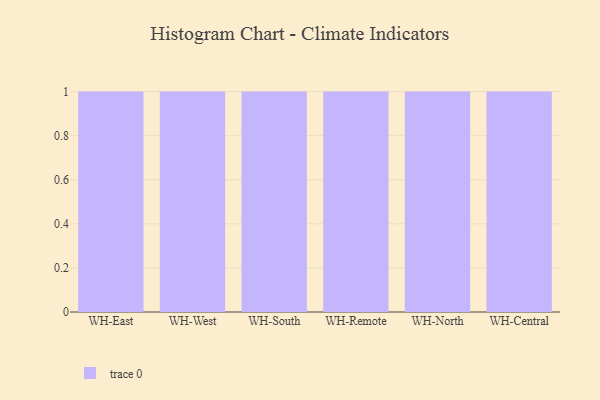
{"axis": {"x": "Warehouse", "y": "Churn Rate (%)"}, "legend": [""], "data": [{"x": "WH-East", "y": 89, "type": ""}, {"x": "WH-West", "y": 11, "type": ""}, {"x": "WH-South", "y": 86, "type": ""}, {"x": "WH-Remote", "y": 79, "type": ""}, {"x": "WH-North", "y": 66, "type": ""}, {"x": "WH-Central", "y": 12, "type": ""}]}